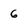
Character: 6